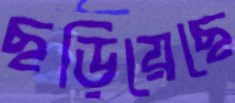
ছড়িয়েছে